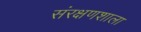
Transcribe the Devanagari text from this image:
संरक्षणशाला